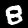
Digit: 8